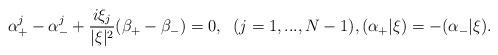
LaTeX: \begin{align*} \alpha^j_+ - \alpha^j_- + \frac{i \xi_j}{|\xi|^2} (\beta_+ - \beta_-) = 0, \;\; (j = 1,...,N-1), (\alpha_+|\xi) = -(\alpha_-|\xi).\end{align*}